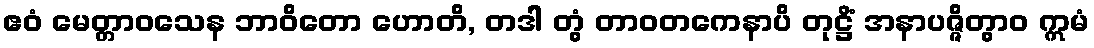
ဧဝံ မေတ္တာဝသေန ဘာဝိတော ဟောတိ, တဒါ တွံ တာဝတကေနာပိ တုဋ္ဌိံ အနာပဇ္ဇိတွာဝ ဣမံ